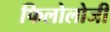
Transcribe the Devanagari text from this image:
फिलोलोजी